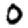
Digit: 0